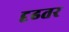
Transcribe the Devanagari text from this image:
दृढतर